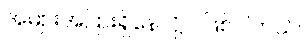
အများအပြားရှိနေလို့ပဲ ဖြစ်ပါတယ်။